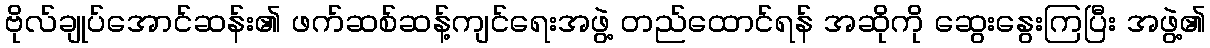
ဗိုလ်ချုပ်အောင်ဆန်း၏ ဖက်ဆစ်ဆန့်ကျင်ရေးအဖွဲ့ တည်ထောင်ရန် အဆိုကို ဆွေးနွေးကြပြီး အဖွဲ့၏